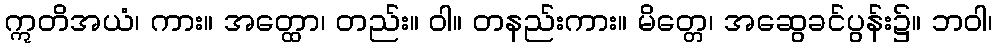
ဣတိအယံ၊ ကား။ အတ္ထော၊ တည်း။ ဝါ။ တနည်းကား။ မိတ္တေ၊ အဆွေခင်ပွန်း၌။ ဘဝါ၊